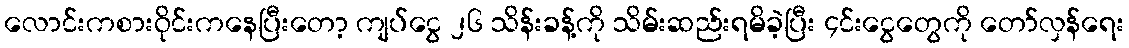
လောင်းကစားဝိုင်းကနေပြီးတော့ ကျပ်ငွေ ၂၆ သိန်းခန့်ကို သိမ်းဆည်းရမိခဲ့ပြီး ၄င်းငွေတွေကို တော်လှန်ရေး